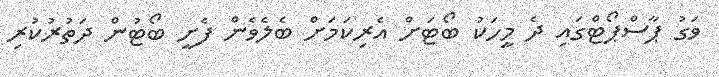
ވަގު ޕާސްޕޯޓްގައި ދެ މީހަކު ބޯޓަށް އެރިކަމަށް ބެލެވެން ފެށީ ބޯޓުން ދަތުރުކުރި